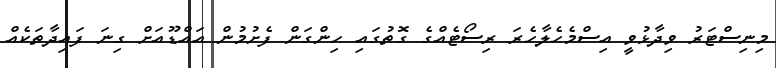
މިނިސްޓަރު ވިދާޅުވީ އިސްމެހެލާހެރަ ރިސޯޓެއްގެ ގޮތުގައި ހިންގަން ފެށުމުން އައްޑޫއަށް ގިނަ ފައިދާތަކެއް